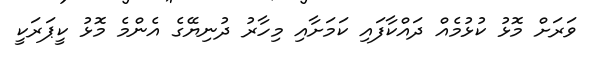
ވަރަށް މޮޅު ކުޅުމެއް ދައްކާފައި ކަމަށާއި މިހާރު ދުނިޔޭގެ އެންމެ މޮޅު ކީޕަރަކީ